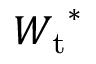
{ W _ { \mathrm { { t } } } } ^ { * }